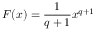
F ( x ) = { \frac { 1 } { q + 1 } } x ^ { q + 1 }